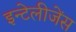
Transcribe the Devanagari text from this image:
इन्टेलीजेंस